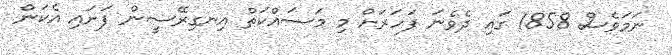
ނަމަވެސް 1858 ގައި ދެވެނަ ފަހަރަށް މި މަސައްކަތް އިނގިރޭސީން ފަށައި އެކަން